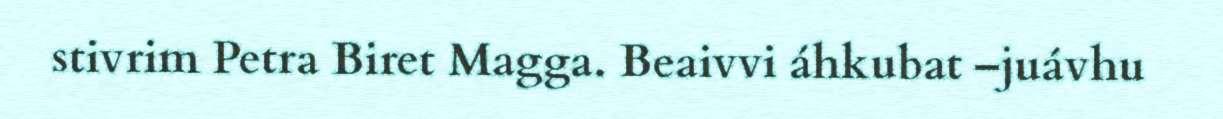
stivrim Petra Biret Magga. Beaivvi áhkubat –juávhu